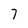
Character: 7